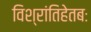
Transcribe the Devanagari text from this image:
विश्रांतिहेतबः